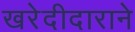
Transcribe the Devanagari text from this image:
खरेदीदाराने